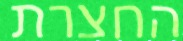
החצרת